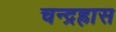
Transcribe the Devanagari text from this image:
चन्द्रह्रास